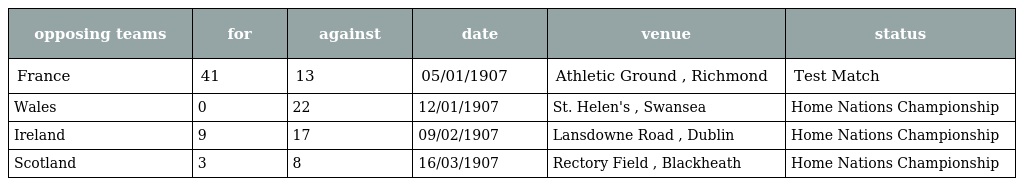
| opposing teams | for | against | date | venue | status |
 | --- | --- | --- | --- | --- | --- |
 | France | 41 | 13 | 05/01/1907 | Athletic Ground , Richmond | Test Match |
 | Wales | 0 | 22 | 12/01/1907 | St. Helen's , Swansea | Home Nations Championship |
 | Ireland | 9 | 17 | 09/02/1907 | Lansdowne Road , Dublin | Home Nations Championship |
 | Scotland | 3 | 8 | 16/03/1907 | Rectory Field , Blackheath | Home Nations Championship |